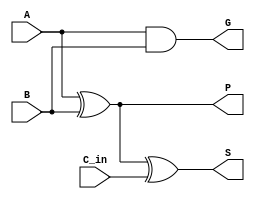
module cla_cell (
    input wire A,
    input wire B,
    input wire C_in,
    output wire S,
    output wire G,
    output wire P
);
    assign G = A & B;         // Generate signal
    assign P = A ^ B;         // Propagate signal
    assign S = P ^ C_in;      // Sum output
endmodule